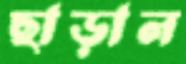
ছাড়াল